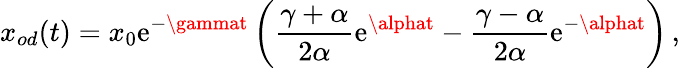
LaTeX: x_{od}(t)=x_{0}\mathrm{e}^{-\gammat}\left(\frac{{\gamma+\alpha}}{{2\alpha}}\mathrm{e}^{\alphat}-\frac{{\gamma-\alpha}}{{2\alpha}}\mathrm{e}^{-\alphat}\right)\, ,